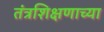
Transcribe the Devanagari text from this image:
तंत्रशिक्षणाच्या